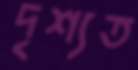
দৃশ্যত